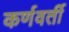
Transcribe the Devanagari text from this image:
कर्णवर्ती